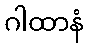
ဂါထာနံ